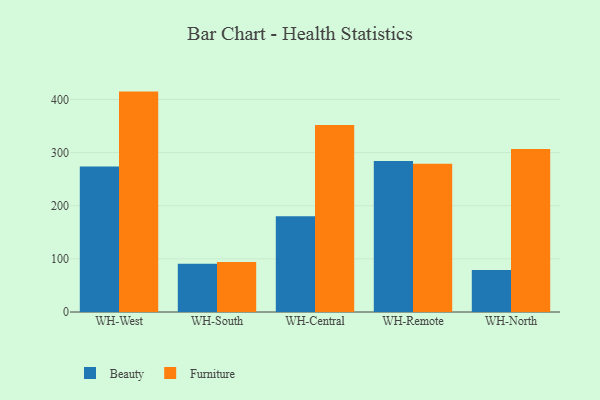
{"axis": {"x": "Warehouse", "y": "LTV (USD)"}, "legend": ["Beauty", "Furniture"], "data": [{"x": "WH-West", "y": 273.7, "type": "Beauty"}, {"x": "WH-West", "y": 414.8, "type": "Furniture"}, {"x": "WH-South", "y": 90.6, "type": "Beauty"}, {"x": "WH-South", "y": 94.1, "type": "Furniture"}, {"x": "WH-Central", "y": 180.2, "type": "Beauty"}, {"x": "WH-Central", "y": 351.8, "type": "Furniture"}, {"x": "WH-Remote", "y": 284.3, "type": "Beauty"}, {"x": "WH-Remote", "y": 278.8, "type": "Furniture"}, {"x": "WH-North", "y": 78.9, "type": "Beauty"}, {"x": "WH-North", "y": 307.0, "type": "Furniture"}]}